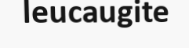
leucaugite